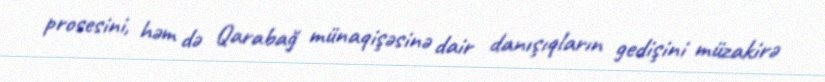
prosesini, həm də Qarabağ münaqişəsinə dair danışıqların gedişini müzakirə